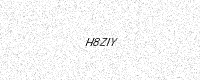
Text: H8ZIY